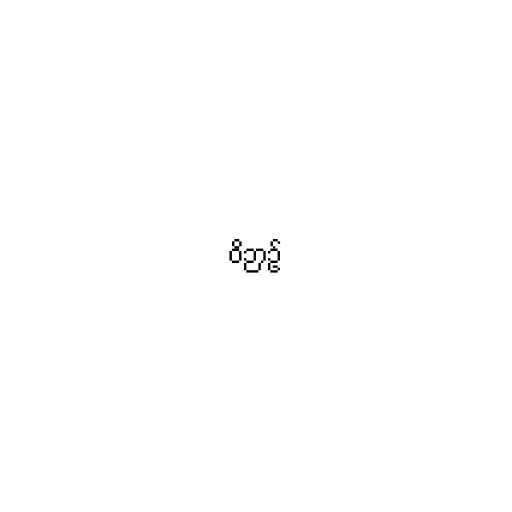
ဝိဉာဥ်